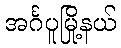
အင်္ဂပူမြို့နယ်